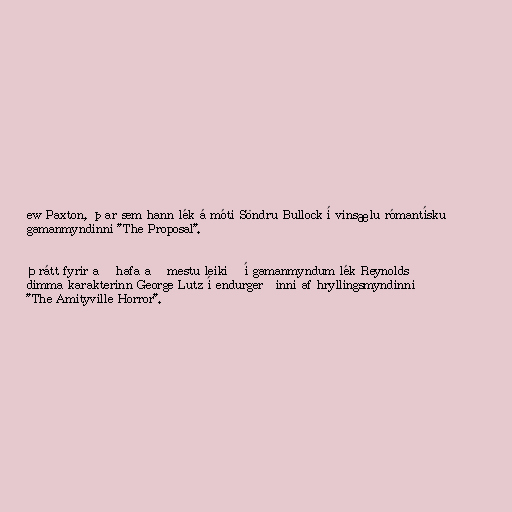
ew Paxton, þar sem hann lék á móti Söndru Bullock í vinsælu rómantísku
gamanmyndinni "The Proposal".

Þrátt fyrir að hafa að mestu leikið í gamanmyndum lék Reynolds
dimma karakterinn George Lutz í endurgerðinni af hryllingsmyndinni
"The Amityville Horror".